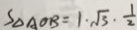
S _ { \Delta A O B } = 1 \cdot \sqrt { 3 } \cdot \frac { 1 } { 2 }